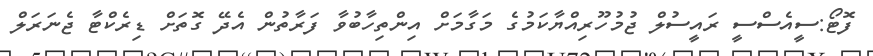
ފޮޓޯ:ސީއެސްސީ ރައީސުލް ޖުމުހޫރިއްޔާކަމުގެ މަގާމަށް އިންތިހާބުވާ ފަރާތުން އެދޭ ގޮތަށް ޑިރެކްޓާ ޖެނަރަލް